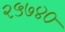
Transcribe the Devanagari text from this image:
२५७४०